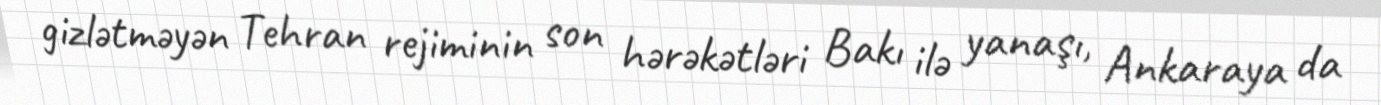
gizlətməyən Tehran rejiminin son hərəkətləri Bakı ilə yanaşı, Ankaraya da